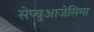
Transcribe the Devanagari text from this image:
सेप्चुआजेसिमा